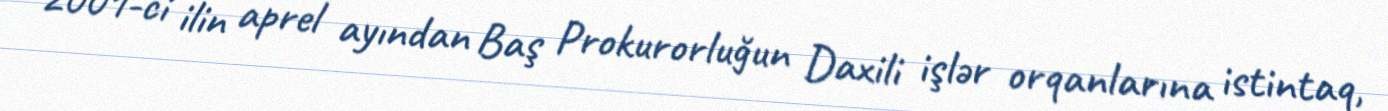
2001-ci ilin aprel ayından Baş Prokurorluğun Daxili işlər orqanlarına istintaq,